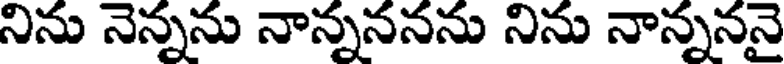
నిను నెన్నను నాన్నననను నిను నాన్నననై